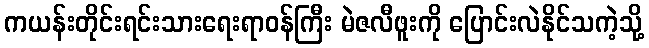
ကယန်းတိုင်းရင်းသားရေးရာဝန်ကြီး မဲဇလီဖူးကို ပြောင်းလဲနိုင်သကဲ့သို့